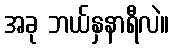
အခု ဘယ်နှနာရီလဲ။